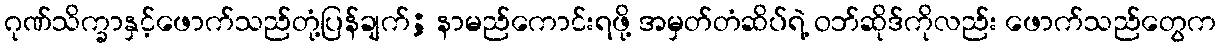
ဂုဏ်သိက္ခာနှင့်ဖောက်သည်တုံ့ပြန်ချက်; နာမည်ကောင်းရဖို့ အမှတ်တံဆိပ်ရဲ့ ဝဘ်ဆိုဒ်ကိုလည်း ဖောက်သည်တွေက